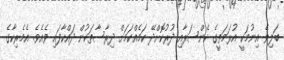
ބަލިވެ އިނުމަކީ އުރަމަތީގެ ކެންސަރާއި ދުރުކޮށްދޭ ކަމެއްކަމަށް ދިރާސާތަކުން ދައްކާފައި ވެއެވެ. އެމެރިކާގެ